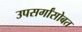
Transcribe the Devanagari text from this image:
उपसर्गांसोबत